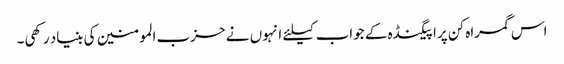
اس گمراہ کن پراپیگنڈہ کے جواب کیلئے انہوں نے حزب المومنین کی بنیاد رکھی۔